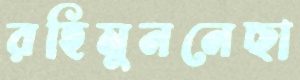
রহিমুননেছা